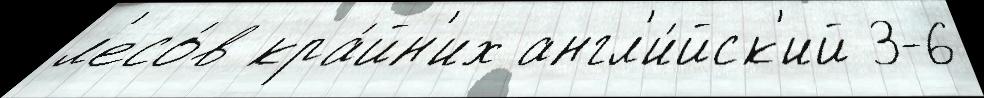
л'есо́в кра́йн'их англ'и́йск'ий 3-6